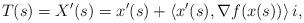
LaTeX: \begin{align*} T(s) = X'(s) =x'(s) + \left<x'(s),\nabla f(x(s))\right>i, \end{align*}